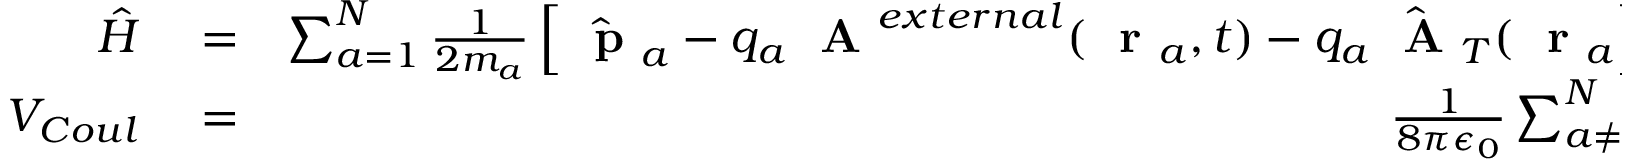
\begin{array} { r l r } { \hat { H } } & { { } = } & { \sum _ { a = 1 } ^ { N } \frac { 1 } { 2 m _ { a } } \left[ \hat { \mathrm { ~ \bf ~ p ~ } } _ { a } - q _ { a } \mathrm { ~ \bf ~ A ~ } ^ { e x t e r n a l } ( \mathrm { ~ \bf ~ r ~ } _ { a } , t ) - q _ { a } \hat { \mathrm { ~ \bf ~ A ~ } } _ { T } ( \mathrm { ~ \bf ~ r ~ } _ { a } \right] ^ { 2 } + V _ { C o u l } + } \\ { V _ { C o u l } } & { { } = } & { \frac { 1 } { 8 \pi \epsilon _ { 0 } } \sum _ { a \ne b } ^ { N } \frac { q _ { a } q _ { b } } { | \mathrm { ~ \bf ~ r ~ } _ { a } - \mathrm { ~ \bf ~ r ~ } _ { b } | } } \end{array}